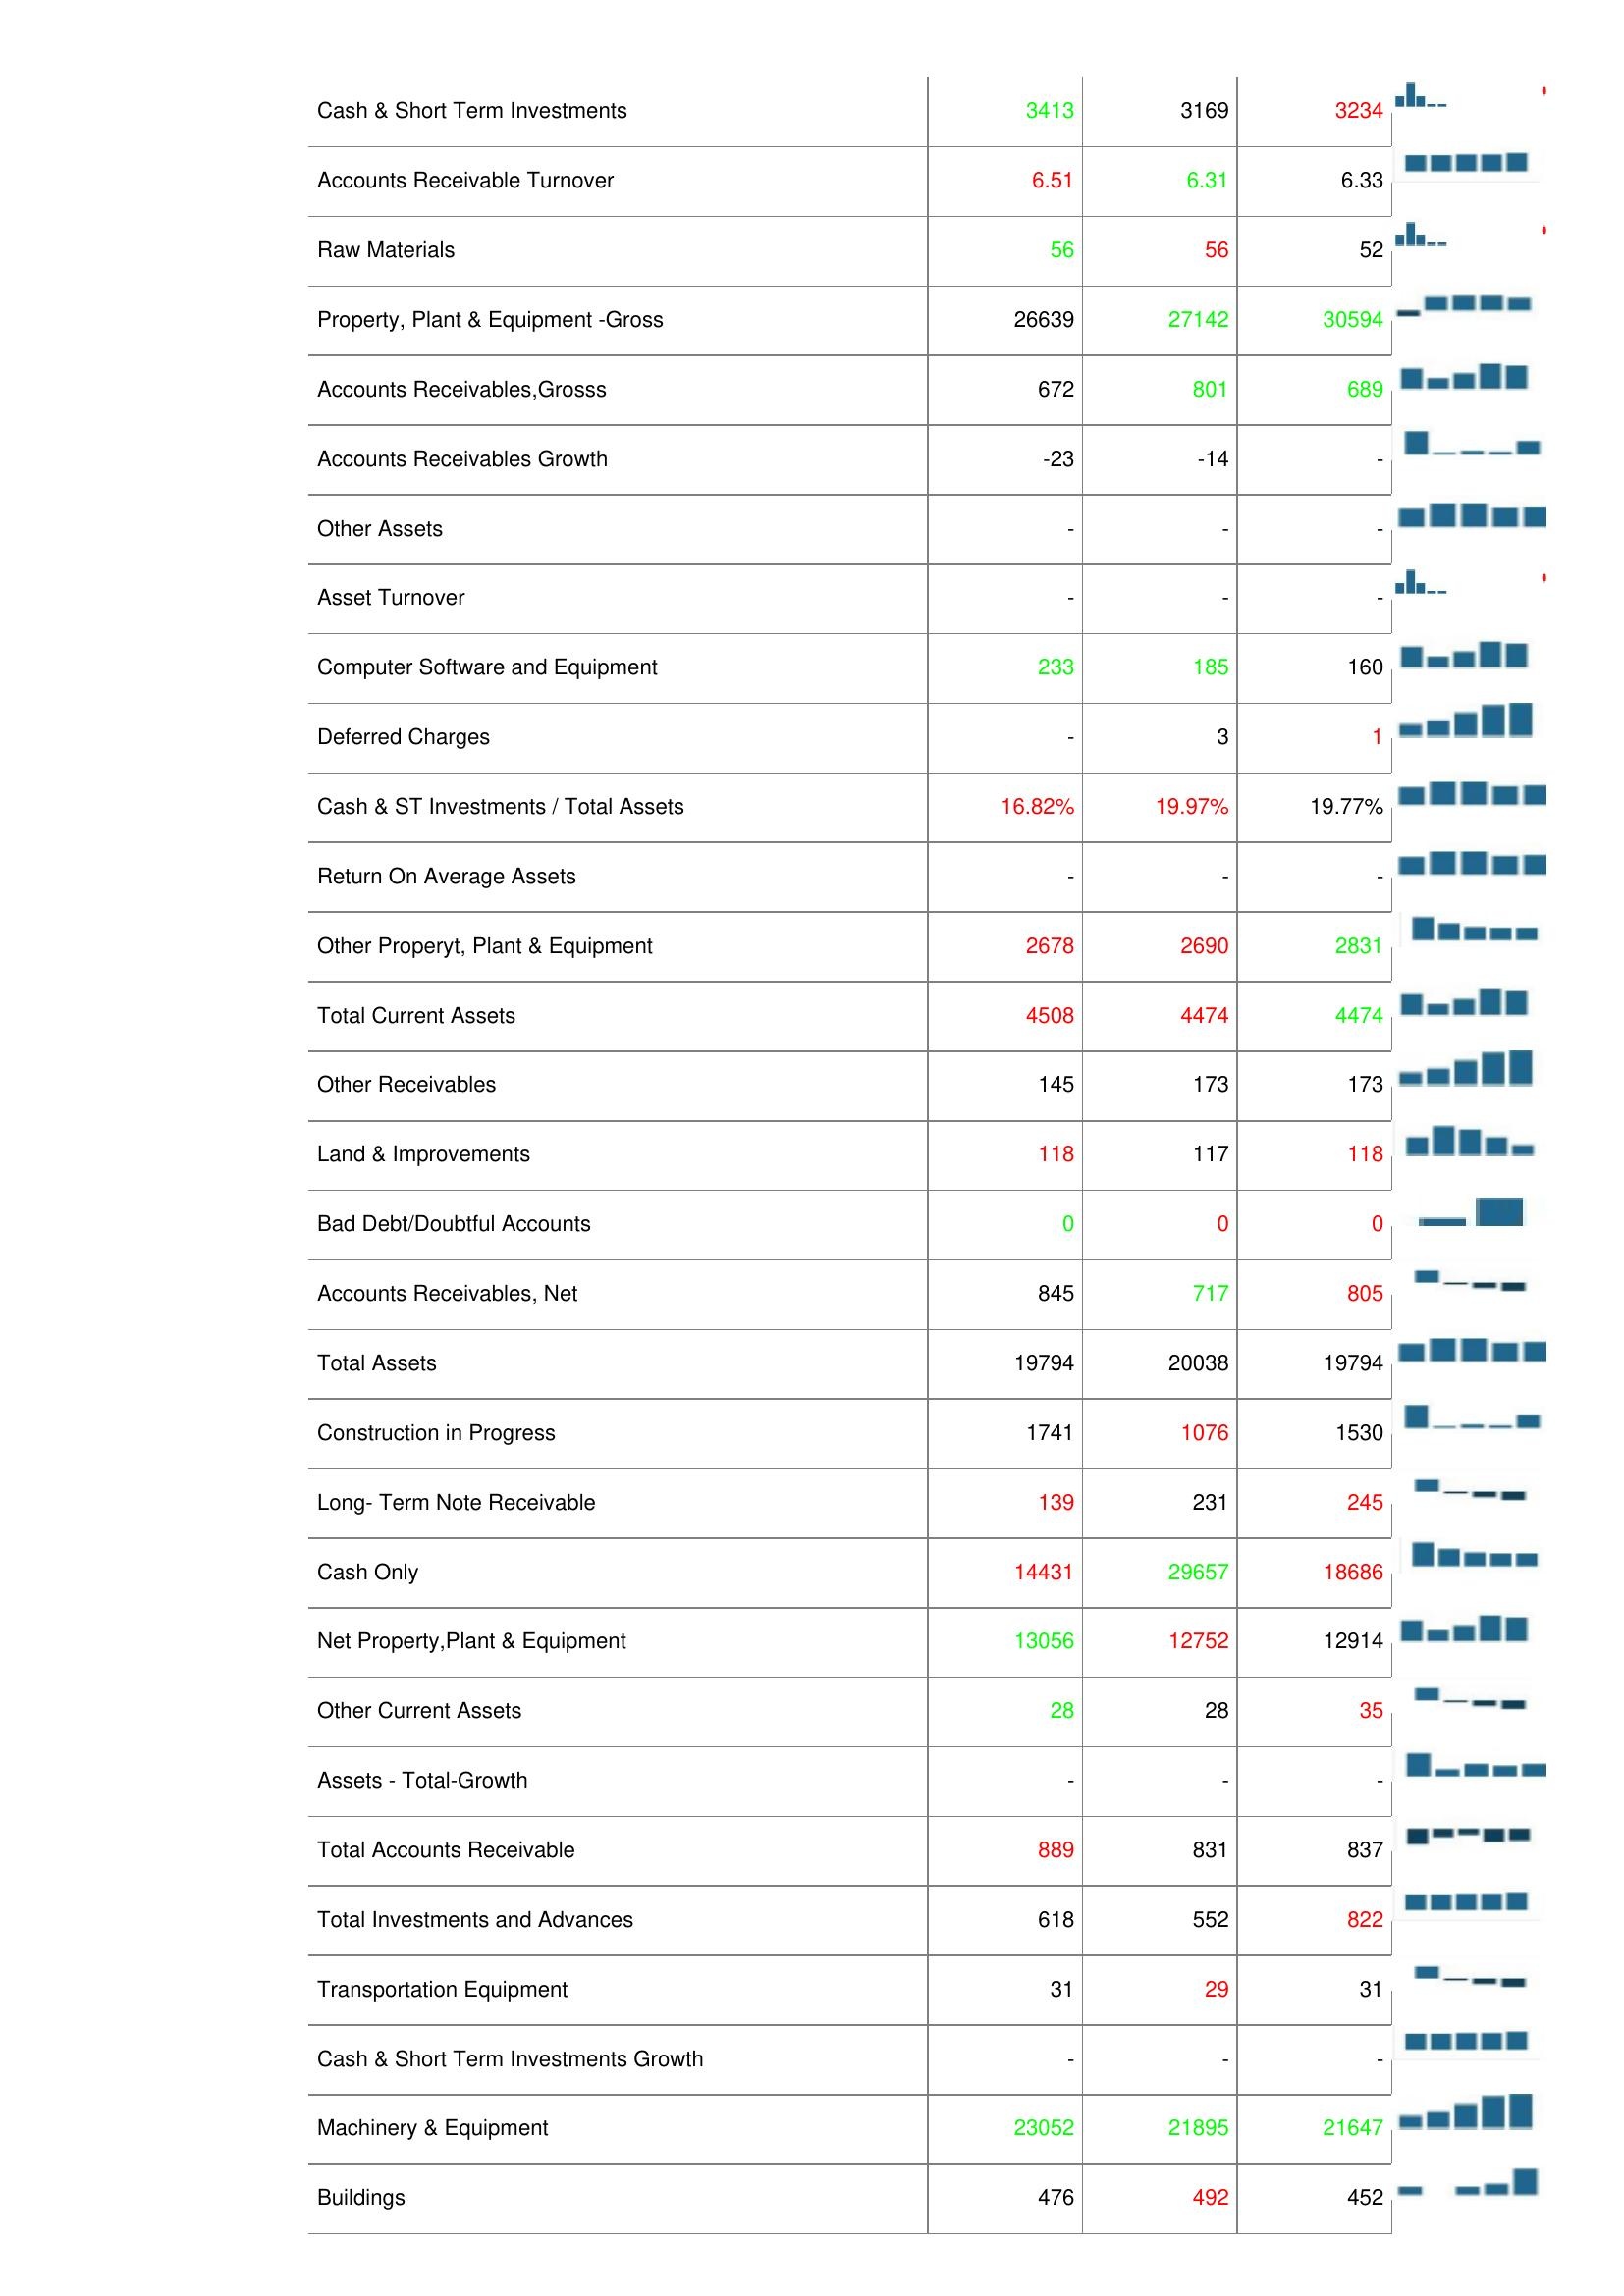
2016: Assets: Accumulated Depreciation: 17037
Finished Goods: 2
LT Investment - Affiliate Companies: 881
Prepaid Expenses: 25
Inventories: 64
Leases: 1668
Cash & Short Term Investments: 3413
Accounts Receivable Turnover: 6.51
Raw Materials: 56
Property, Plant & Equipment -Gross: 26639
Accounts Receivables,Grosss: 672
Accounts Receivables Growth: -23
Other Assets: -
Asset Turnover: -
Computer Software and Equipment: 233
Deferred Charges: -
Cash & ST Investments / Total Assets: 16.82%
Return On Average Assets: -
Other Properyt, Plant & Equipment: 2678
Total Current Assets: 4508
Other Receivables: 145
Land & Improvements: 118
Bad Debt/Doubtful Accounts: 0
Accounts Receivables, Net: 845
Total Assets: 19794
Construction in Progress: 1741
Long- Term Note Receivable: 139
Cash Only: 14431
Net Property,Plant & Equipment: 13056
Other Current Assets: 28
Assets - Total-Growth: -
Total Accounts Receivable: 889
Total Investments and Advances: 618
Transportation Equipment: 31
Cash & Short Term Investments Growth: -
Machinery & Equipment: 23052
Buildings: 476
2017: Assets: Accumulated Depreciation: 14490
Finished Goods: 5
LT Investment - Affiliate Companies: 881
Prepaid Expenses: 19
Inventories: 64
Leases: 2042
Cash & Short Term Investments: 3169
Accounts Receivable Turnover: 6.31
Raw Materials: 56
Property, Plant & Equipment -Gross: 27142
Accounts Receivables,Grosss: 801
Accounts Receivables Growth: -14
Other Assets: -
Asset Turnover: -
Computer Software and Equipment: 185
Deferred Charges: 3
Cash & ST Investments / Total Assets: 19.97%
Return On Average Assets: -
Other Properyt, Plant & Equipment: 2690
Total Current Assets: 4474
Other Receivables: 173
Land & Improvements: 117
Bad Debt/Doubtful Accounts: 0
Accounts Receivables, Net: 717
Total Assets: 20038
Construction in Progress: 1076
Long- Term Note Receivable: 231
Cash Only: 29657
Net Property,Plant & Equipment: 12752
Other Current Assets: 28
Assets - Total-Growth: -
Total Accounts Receivable: 831
Total Investments and Advances: 552
Transportation Equipment: 29
Cash & Short Term Investments Growth: -
Machinery & Equipment: 21895
Buildings: 492
2018: Assets: Accumulated Depreciation: 16502
Finished Goods: 2
LT Investment - Affiliate Companies: 583
Prepaid Expenses: 28
Inventories: 64
Leases: 1668
Cash & Short Term Investments: 3234
Accounts Receivable Turnover: 6.33
Raw Materials: 52
Property, Plant & Equipment -Gross: 30594
Accounts Receivables,Grosss: 689
Accounts Receivables Growth: -
Other Assets: -
Asset Turnover: -
Computer Software and Equipment: 160
Deferred Charges: 1
Cash & ST Investments / Total Assets: 19.77%
Return On Average Assets: -
Other Properyt, Plant & Equipment: 2831
Total Current Assets: 4474
Other Receivables: 173
Land & Improvements: 118
Bad Debt/Doubtful Accounts: 0
Accounts Receivables, Net: 805
Total Assets: 19794
Construction in Progress: 1530
Long- Term Note Receivable: 245
Cash Only: 18686
Net Property,Plant & Equipment: 12914
Other Current Assets: 35
Assets - Total-Growth: -
Total Accounts Receivable: 837
Total Investments and Advances: 822
Transportation Equipment: 31
Cash & Short Term Investments Growth: -
Machinery & Equipment: 21647
Buildings: 452